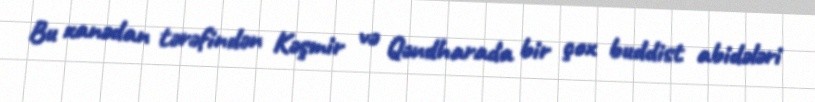
Bu xanədan tərəfindən Kəşmir və Qəndharada bir çox buddist abidələri